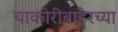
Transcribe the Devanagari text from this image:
चाकोरीबाहेरच्या